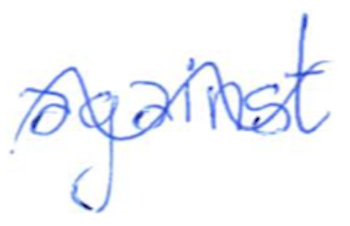
Text: against
Cross-out: wave
Writing tool: ballpoint